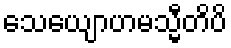
သေယျောဟမသ္မီတိပိ